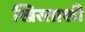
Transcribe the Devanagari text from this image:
ख्रिस्ताशी